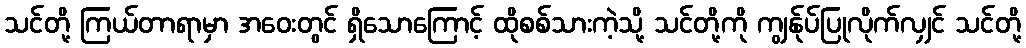
သင်တို့ ကြယ်တာရာမှာ အဝေးတွင် ရှိသောကြောင့် ထိုစစ်သားကဲ့သို့ သင်တို့ကို ကျွန်ုပ်ပြုလိုက်လျှင် သင်တို့